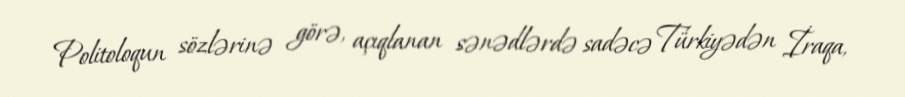
Politoloqun sözlərinə görə, açıqlanan sənədlərdə sadəcə Türkiyədən İraqa,